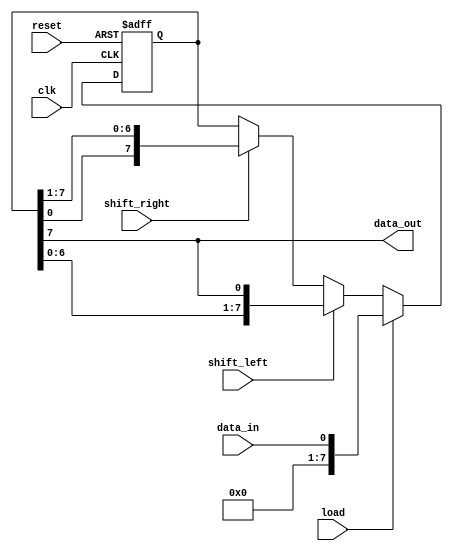
module shift_register (
    input wire clk,
    input wire reset,
    input wire shift_left,
    input wire shift_right,
    input wire data_in,
    input wire load,
    output wire data_out
);

parameter NUM_BITS = 8; // Number of flip-flops in shift register

reg [NUM_BITS-1:0] reg_data;

always @(posedge clk or posedge reset) begin
    if (reset) begin
        reg_data <= 0;
    end else begin
        if (load) begin
            reg_data <= data_in;
        end else begin
            if (shift_left) begin
                reg_data <= {reg_data[NUM_BITS-2:0], reg_data[NUM_BITS-1]};
            end else if (shift_right) begin
                reg_data <= {reg_data[0], reg_data[NUM_BITS-1:1]};
            end
        end
    end
end

assign data_out = reg_data[NUM_BITS-1];

endmodule